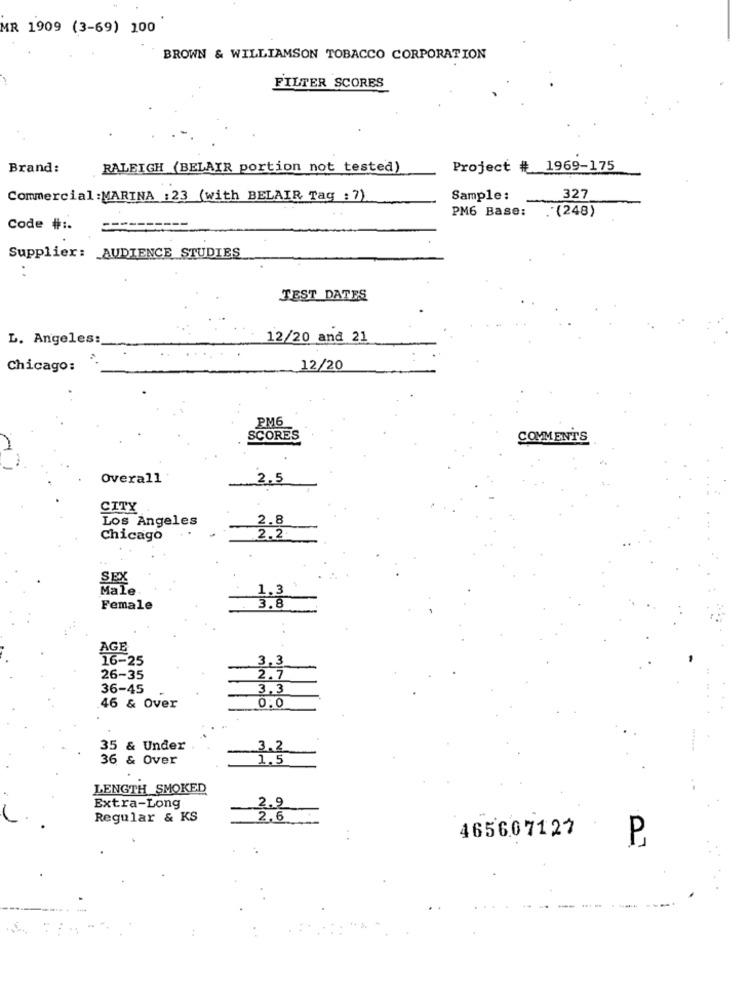
MR 1909 (3-69) 100
BROWN & WILLIAMSON TOBACCO CORPORATION
FILTER SCORES
Brand:
RALEIGH (BELAIR portion not tested)
Project # 1969-175
Commercial:MARINA :23 (with BELAIR Tag : 7)
Sample:
327
PM6 Base:
. (248)
Code # :.
Supplier: AUDIENCE STUDIES
TEST DATES
L. Angeles:
12/20 and 21
Chicago:
12/20
PM6
SCORES
COMMENTS
Overall
2.5
CITY
Los Angeles
2.8
Chicago
2.2
SEX
Male
1.3
Female
3.8
AGE
16-25
3,3
26-35
2.7
36-45
3.3
0.0
46 & Over
35 & Under
3.2
36 & Over
1.5
LENGTH SMOKED
2.9
Extra-Long
Regular & KS
2.6
465607127